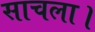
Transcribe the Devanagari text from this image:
साचला।